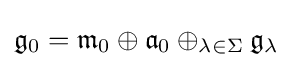
{\mathfrak {g}}_{0}={\mathfrak {m}}_{0}\oplus {\mathfrak {a}}_{0}\oplus _{\lambda \in \Sigma }{\mathfrak {g}}_{\lambda }